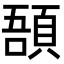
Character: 𩒾